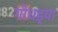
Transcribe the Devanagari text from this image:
गोधड्या